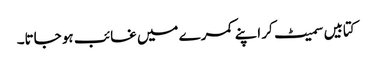
کتابیں سمیٹ کر اپنے کمرے میں غائب ہو جاتا۔